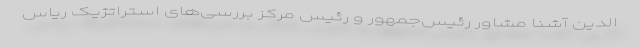
الدین آشنا مشاور رئیس‌جمهور و رئیس مرکز بررسی‌‌های استراتژیک ریاس